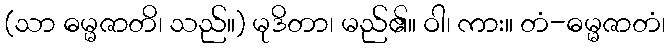
(သာ ဓမ္မဇာတိ၊ သည်။) မုဒိတာ၊ မည်၏။ ဝါ၊ ကား။ တံ-ဓမ္မဇာတံ၊